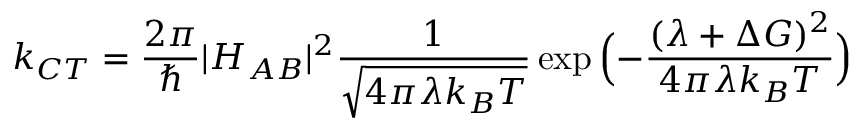
k _ { C T } = \frac { 2 \pi } { \hbar } | H _ { A B } | ^ { 2 } \frac { 1 } { \sqrt { 4 \pi \lambda k _ { B } T } } \exp { \Bigl ( - \frac { ( \lambda + \Delta G ) ^ { 2 } } { 4 \pi \lambda k _ { B } T } } \Bigr )